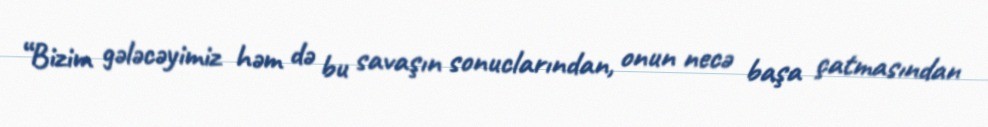
“Bizim gələcəyimiz həm də bu savaşın sonuclarından, onun necə başa çatmasından